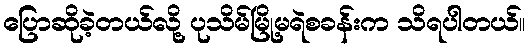
ပြောဆိုခဲ့တယ်လို့ ပုသိမ်မြို့မရဲစခန်းက သိရပါတယ်။